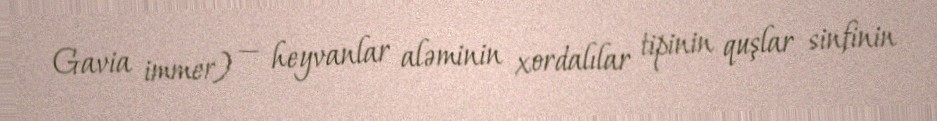
Gavia immer) — heyvanlar aləminin xordalılar tipinin quşlar sinfinin